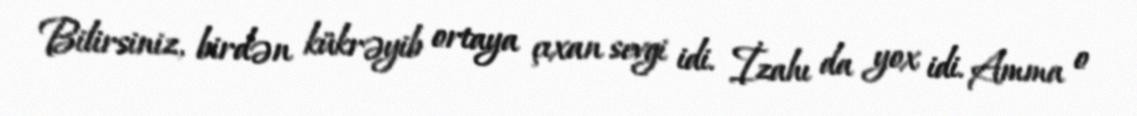
Bilirsiniz, birdən kükrəyib ortaya çıxan sevgi idi. İzahı da yox idi. Amma o